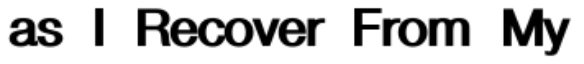
as I Recover From My